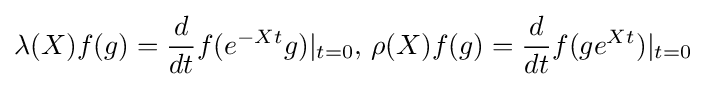
\lambda (X)f(g)={d \over dt}f(e^{-Xt}g)|_{t=0},\,\rho (X)f(g)={d \over dt}f(ge^{Xt})|_{t=0}